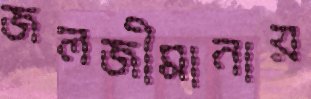
জলজীমানায়